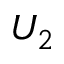
U _ { 2 }